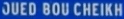
JUED BOU CHEIKH